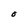
Character: O